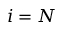
i = N